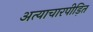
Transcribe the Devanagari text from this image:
अत्याचारपीड़ित